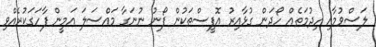
ލަސްވުމާއި ހިދުމަތެއް ހޯދަން ގުޅާއިރު އޮފީސްތަކުން ފޯނު ނުނަގާ މައްސަލަ އަމީން ފާހަގަކުރެއްވި